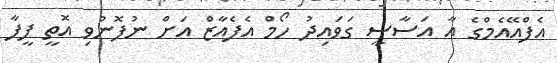
އެފްއޭއެމްގެ އާ އަސާސީ ގަވައިދު ހޯމް އެފެއާޒް އަށް ނުފޮނުވި އޮތީ ފީފާ